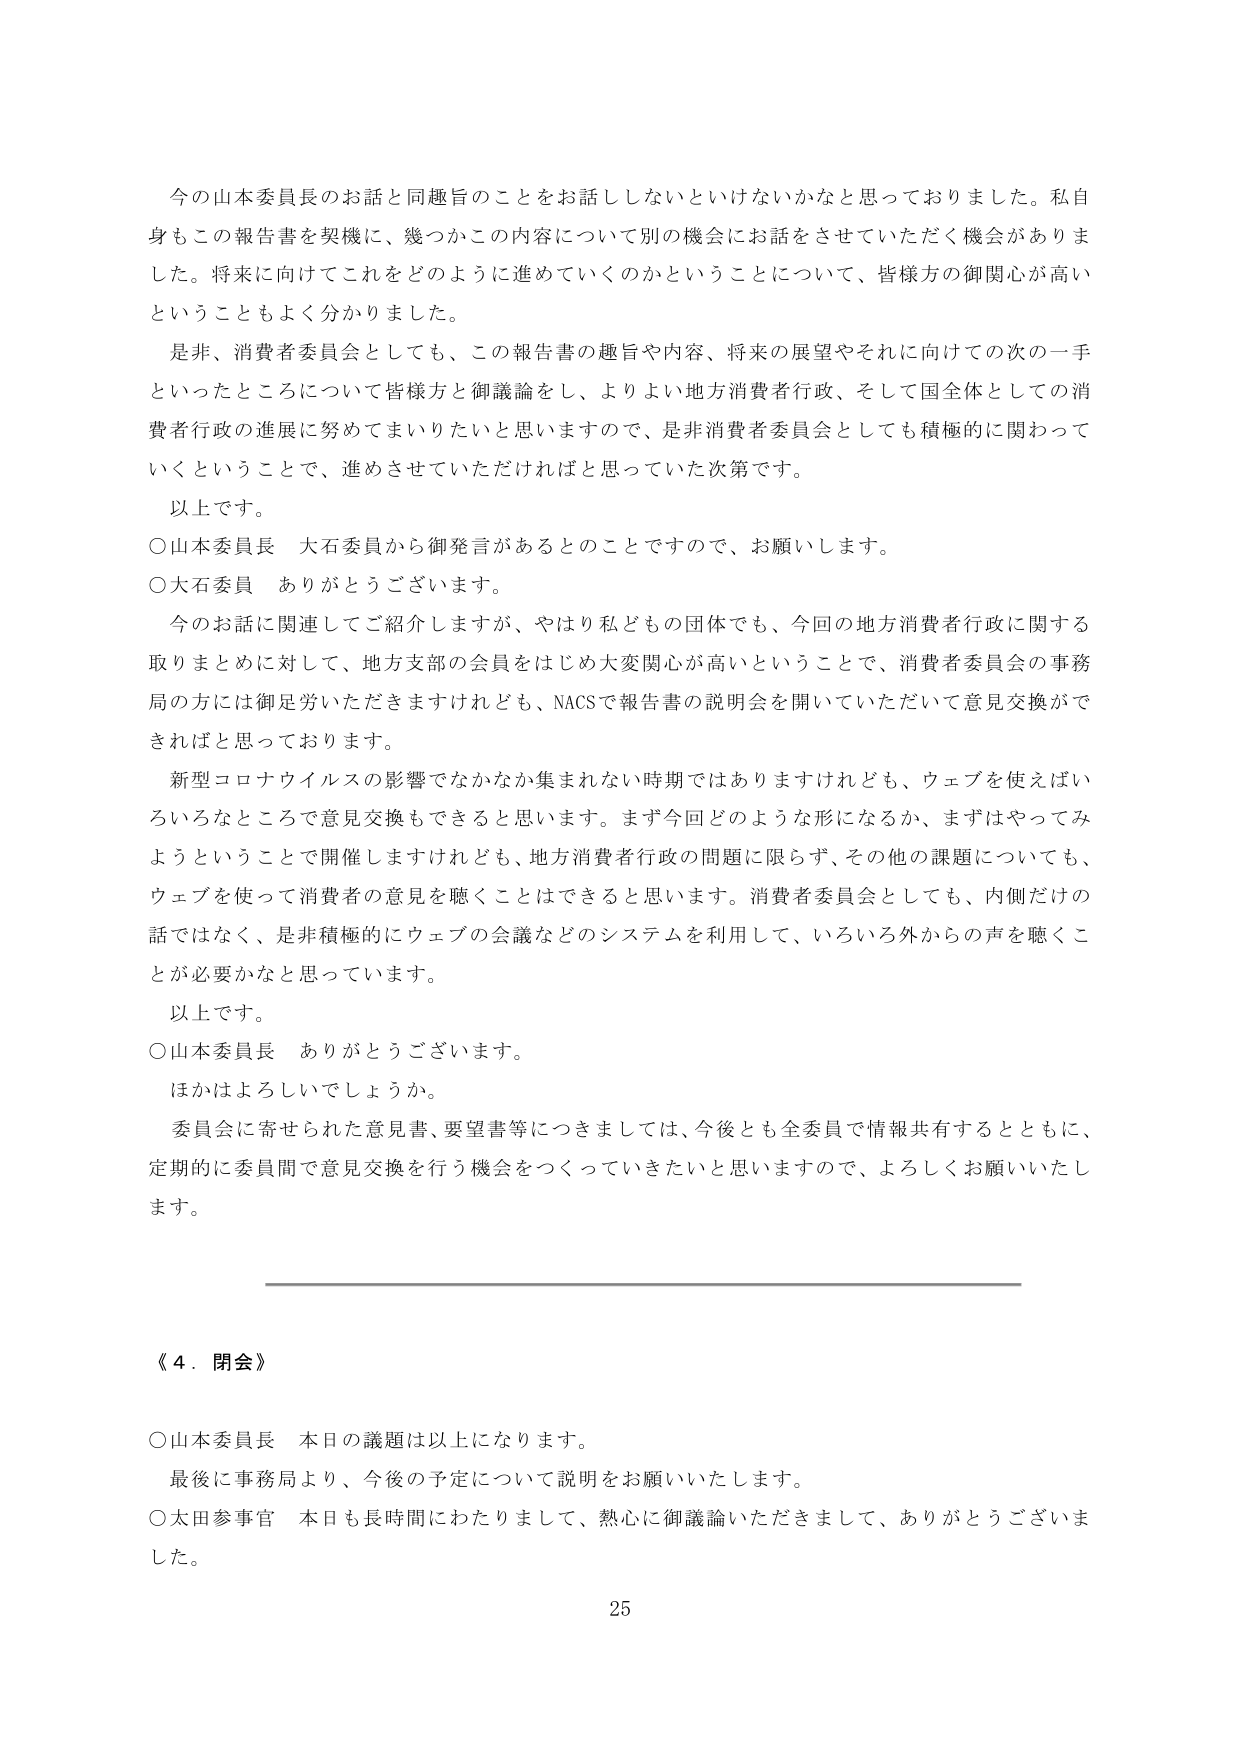
今の山本委員長のお話と同趣旨のことをお話しさないといけないかなと思っておりました。私自身もこの報告書を契機に、幾つかこの内容について別の機会にお話をさせていただく機会がありました。将来に向けてこれをどのように進めていくのかということについて、皆様方の御関心が高いということもよく分かりました。

是非、消費者委員会としても、この報告書の趣旨や内容、将来の展望やそれに向けての次の一歩といったところについて皆様方と御議論をし、よりよい地方消費者行政、そして国全体としての消費者行政の進展に努めてまいりたいと思いますので、是非消費者委員会としても積極的に関わっていくということで、進めさせていただければと思っていた次第です。

以上です。

〇山本委員長　大石委員から御発言があるとのことですので、お願いします。

〇大石委員　ありがとうございます。

今のお話に関連してご紹介しますが、やはり私どもの団体でも、今回の地方消費者行政に関する取りまとめに対して、地方支部の会員をはじめ大変関心が高いということで、消費者委員会の事務局の方には御労労いただきますけれども、NACSで報告書の説明会を開いていただいて意見交換ができればと思っております。

新型コロナウイルスの影響でなかなか集まれない時期ではありますけれども、ウェブを使えばいろいろなところで意見交換もできると思います。まず今回どのような形になるか、まずはやってみようということで開催しますけれども、地方消費者行政の問題に限らず、その他の課題についても、ウェブを使って消費者の意見を聴くことはできると思います。消費者委員会としても、内側だけの話ではなく、是非積極的にウェブの会議などのシステムを利用して、いろいろ外からの声を聴くことが必要かなと思っています。

以上です。

〇山本委員長　ありがとうございます。

ほかはよろしいでしょうか。

委員会に寄せられた意見書、要望書等につきましては、今後とも全委員で情報共有するとともに、定期的に委員間で意見交換を行う機会をつくっていきたいと思いますので、よろしくお願いいたします。

《４．閉会》

〇山本委員長　本日の議題は以上になります。

最後に事務局より、今後の予定について説明をお願いいたします。

〇太田参事官　本日も長時間にわたりまして、熱心に御議論いただきまして、ありがとうございました。

25